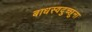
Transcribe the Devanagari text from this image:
बाधस्वदुच्छुना